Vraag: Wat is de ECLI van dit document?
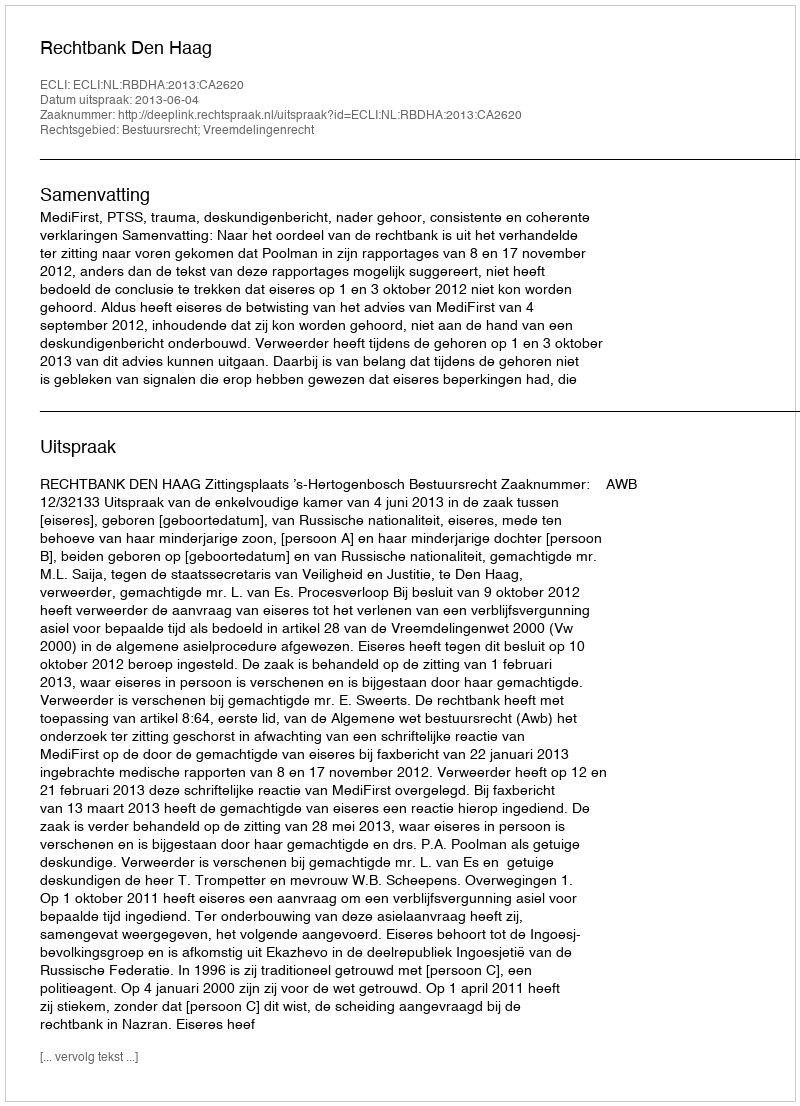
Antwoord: ECLI:NL:RBDHA:2013:CA2620